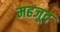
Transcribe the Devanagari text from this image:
महजूद